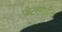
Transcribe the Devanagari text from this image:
पीटरमधील